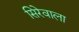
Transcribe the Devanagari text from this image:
सिरेवाला